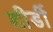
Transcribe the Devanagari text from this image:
शीर्डी